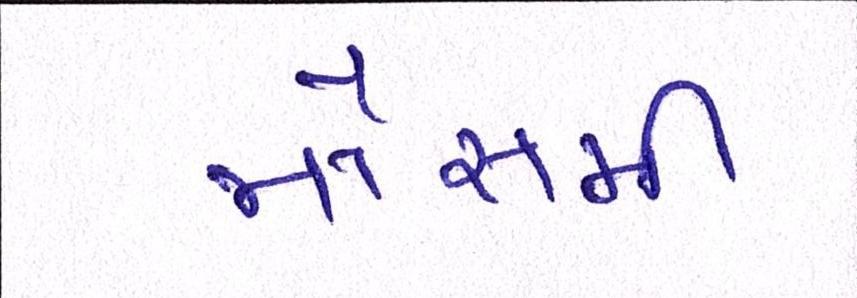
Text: મૌસમી